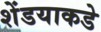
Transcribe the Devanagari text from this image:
शेंडयाकडे